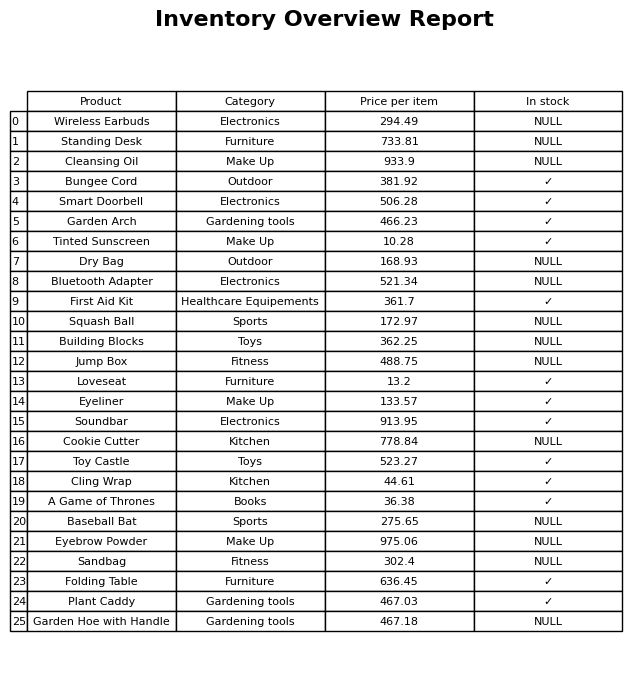
question: What is the price for Garden Hoe with Handle?
answer: The price of Garden Hoe with Handle is 467.18.